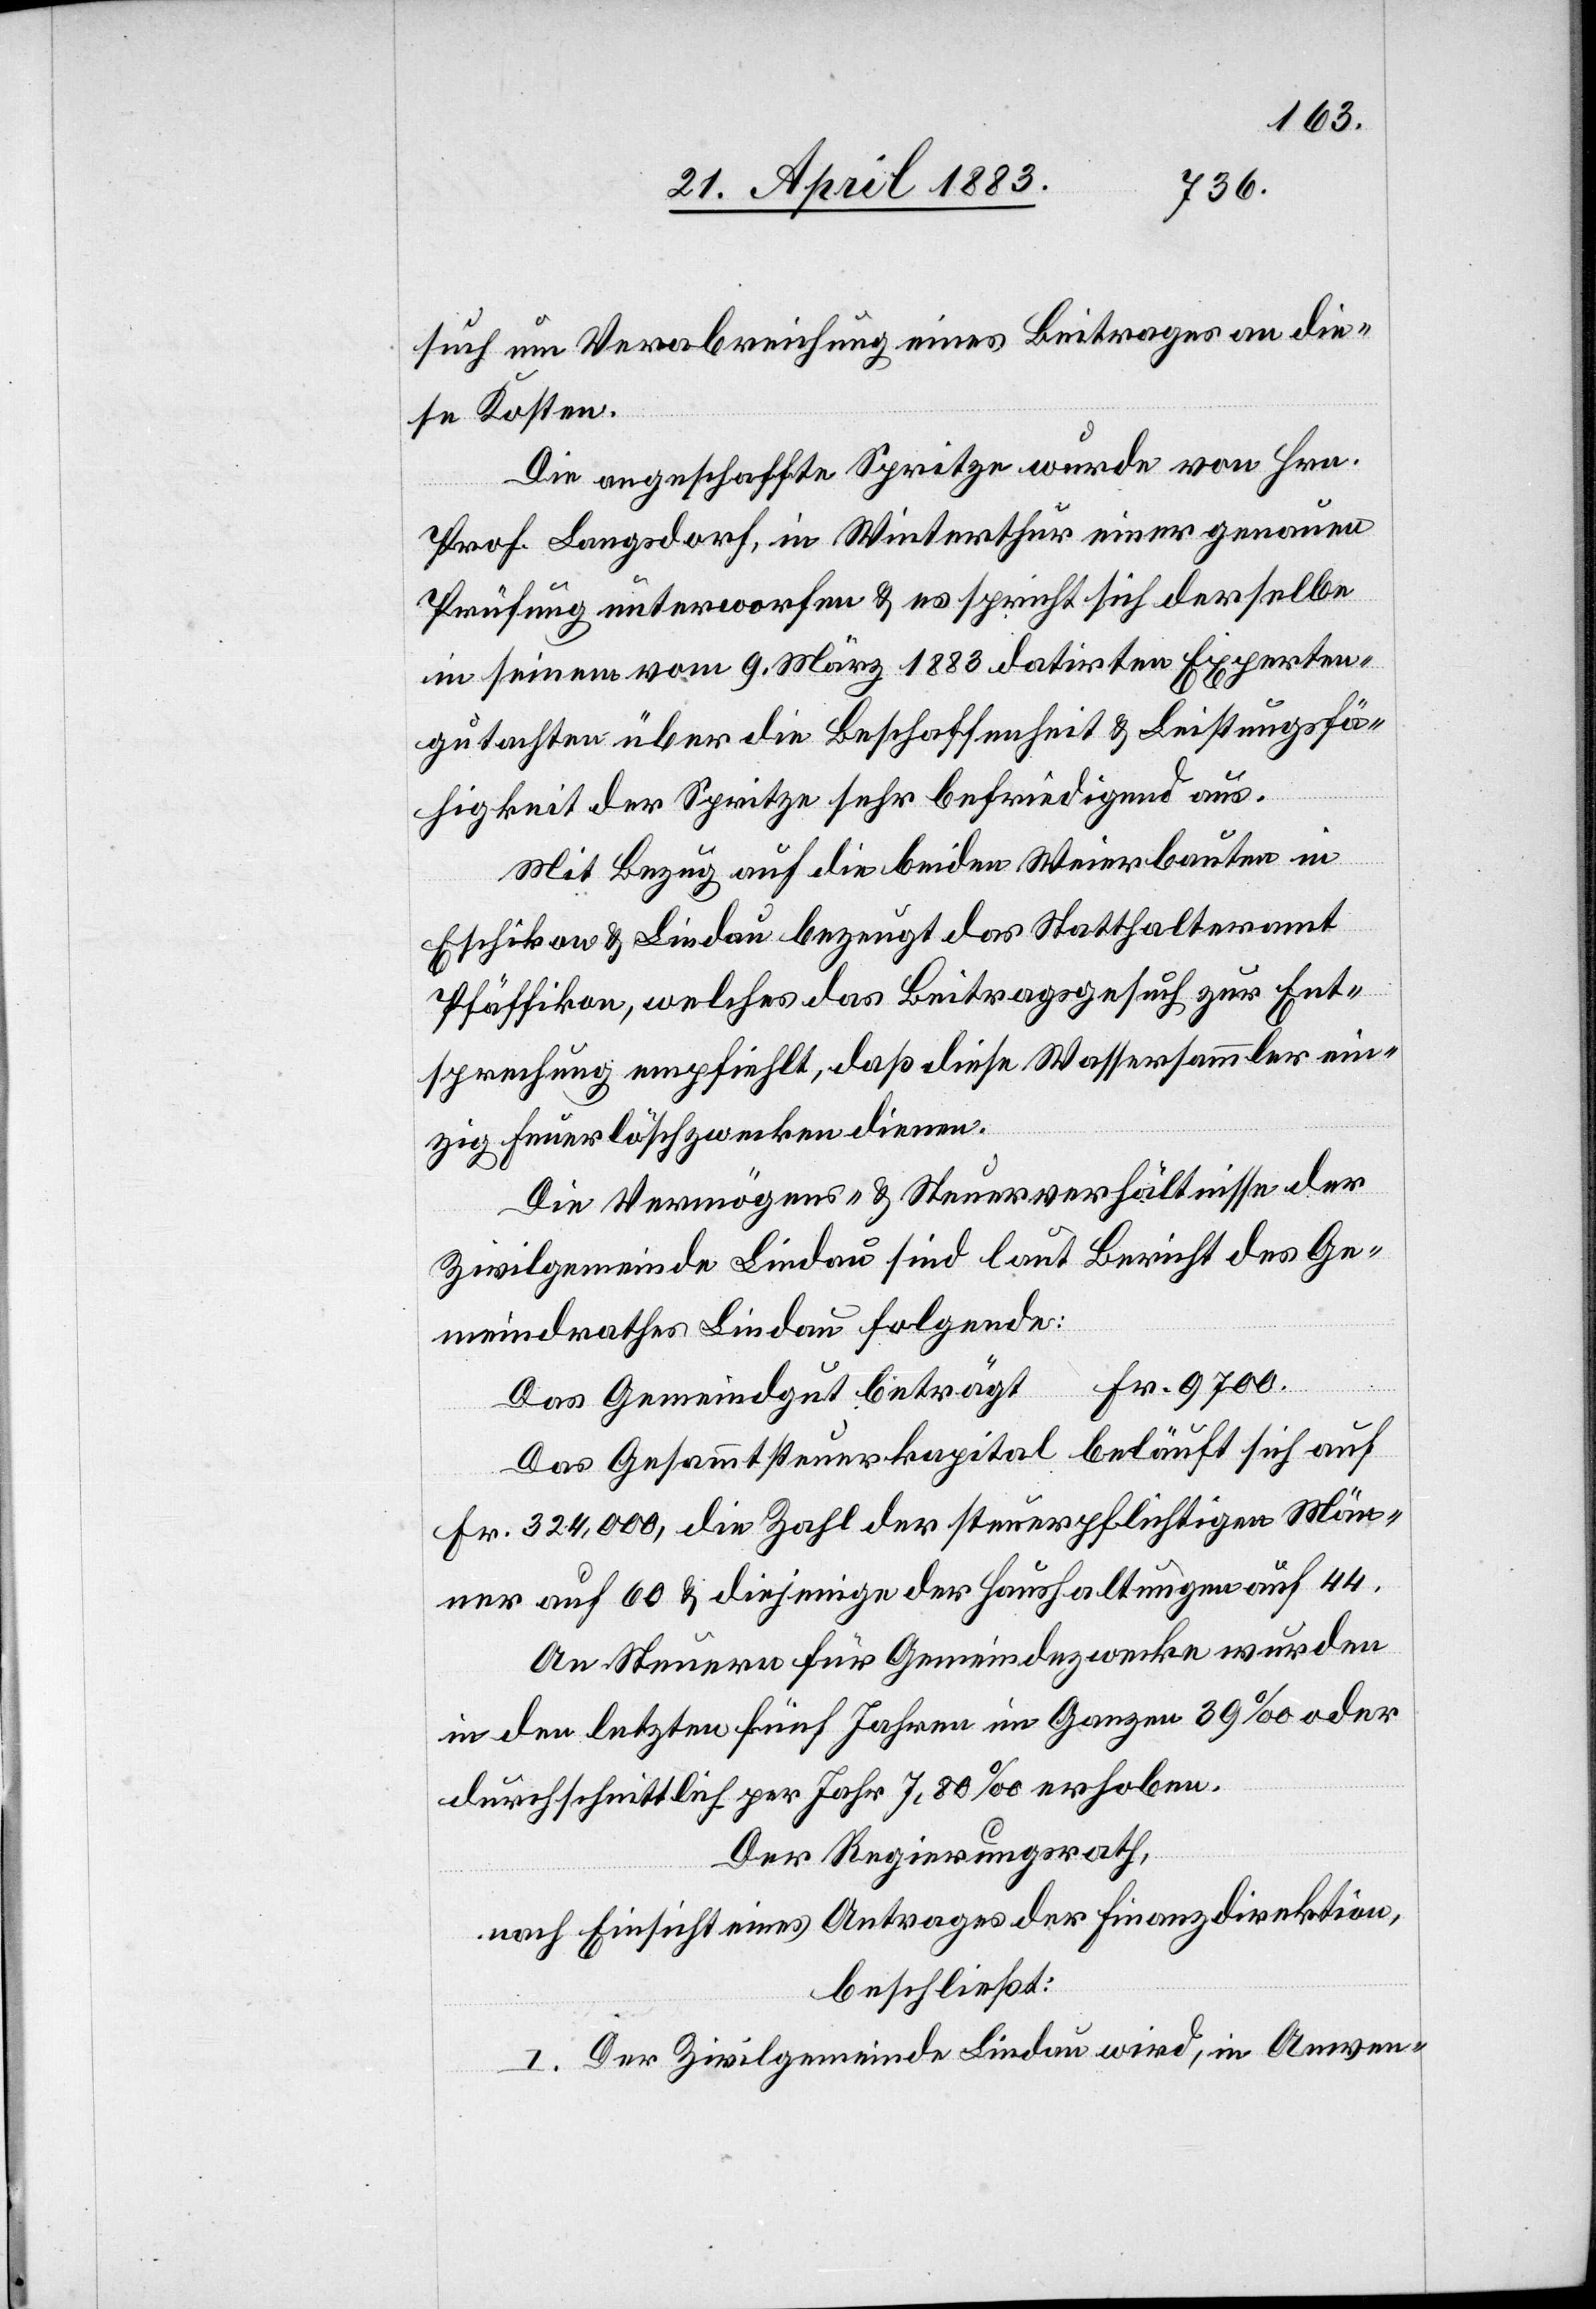
such um Verabreichung eines Beitrages an die¬
se Kosten.
Die angeschaffte Spritze wurde von Hrn.
Prof. Langsdorf, in Winterthur einer genauen
Prüfung unterworfen & es spricht sich derselbe
in seinem vom 9. März 1883 datirten Experten¬
gutachten über die Beschaffenheit & Leistungsfä¬
higkeit der Spritze sehr befriedigend aus.
Mit Bezug auf die beiden Weierbauten in
Eschikon & Lindau bezeugt das Statthalteramt
Pfäffikon, welches das Beitragsgesuch zur Ent¬
sprechung empfiehlt, daß diese Wassersammler ein¬
zig Feuerlöschzwecken dienen.
Die Vermögens- & Steuerverhältnisse der
Zivilgemeinde Lindau sind laut Bericht des Ge¬
meindrathes Lindau folgende:
Fr. 9700.
Das Gemeindegut beträgt
Das Gesammtsteuerkapital beläuft sich auf
Fr. 324,000, die Zahl der steuerpflichtigen Män¬
ner auf 60 & diejenige der Haushaltungen auf 44.
An Steuern für Gemeindezwecke wurden
in den letzten fünf Jahren im Ganzen 39‰ oder
durchschnittlich per Jahr 7,80‰ erhoben.
Der Regierungsrath,
nach Einsicht eines Antrages der Finanzdirektion,
beschließt:
I. Der Zivilgemeinde Lindau wird, in Anwen-